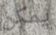
يمكن